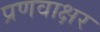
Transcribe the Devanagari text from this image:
प्रणवाक्षर